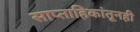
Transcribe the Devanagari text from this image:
साप्ताहिकांतूनही